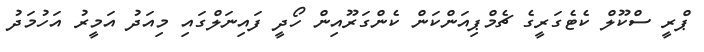
ޕްރީ ސްކޫލް ކެޓެގަރީގެ ޗެމްޕިއަންކަން ކެންގަރޫއިން ހޯދީ ފައިނަލްގައި މިއަދު އަމީރު އަހުމަދު